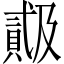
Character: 𬥠